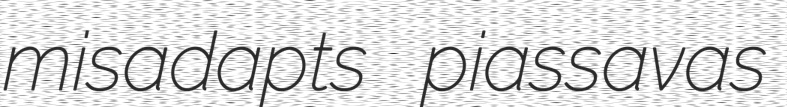
misadapts piassavas